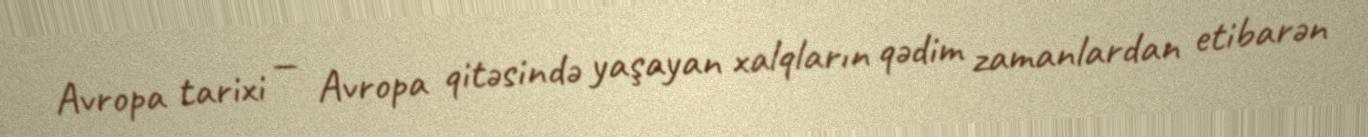
Avropa tarixi — Avropa qitəsində yaşayan xalqların qədim zamanlardan etibarən